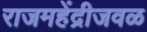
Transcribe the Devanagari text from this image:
राजमहेंद्रीजवळ